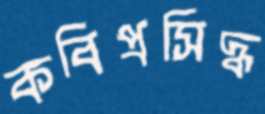
কবিপ্রসিদ্ধ